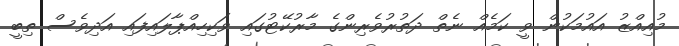
މުއިއްޒު އައުމަކުން ވީ ކަމެއް ނެތް ދަތުރުވެރިންގެ މާރުކޭޓުގައި ވަކިހިއްޕާލައިފައި އަދިވެސް ތިބީ